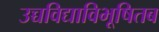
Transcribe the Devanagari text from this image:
उच्चविद्याविभूषितब